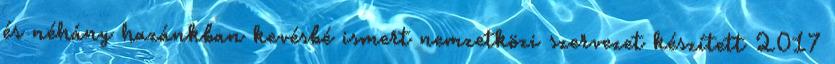
és néhány hazánkban kevésbé ismert nemzetközi szervezet készített 2017